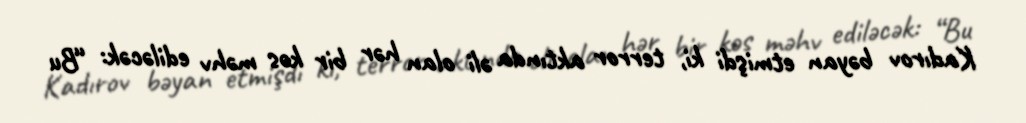
Kadırov bəyan etmişdi ki, terror aktında əli olan hər bir kəs məhv ediləcək: “Bu